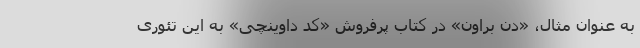
به عنوان مثال، «دن براون» در کتاب پرفروش «کد داوینچی» به این تئوری